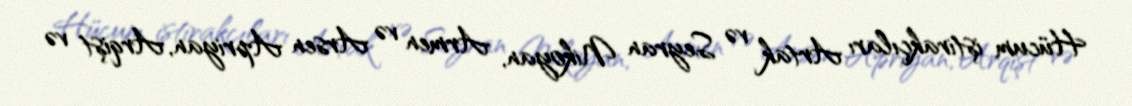
Hücum iştirakçıları Artak və Seyran Nikoyan, Armen və Arsen Apriyan, Arqişt və